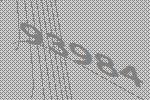
93984